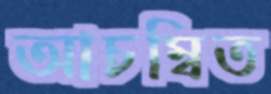
আচম্বিত